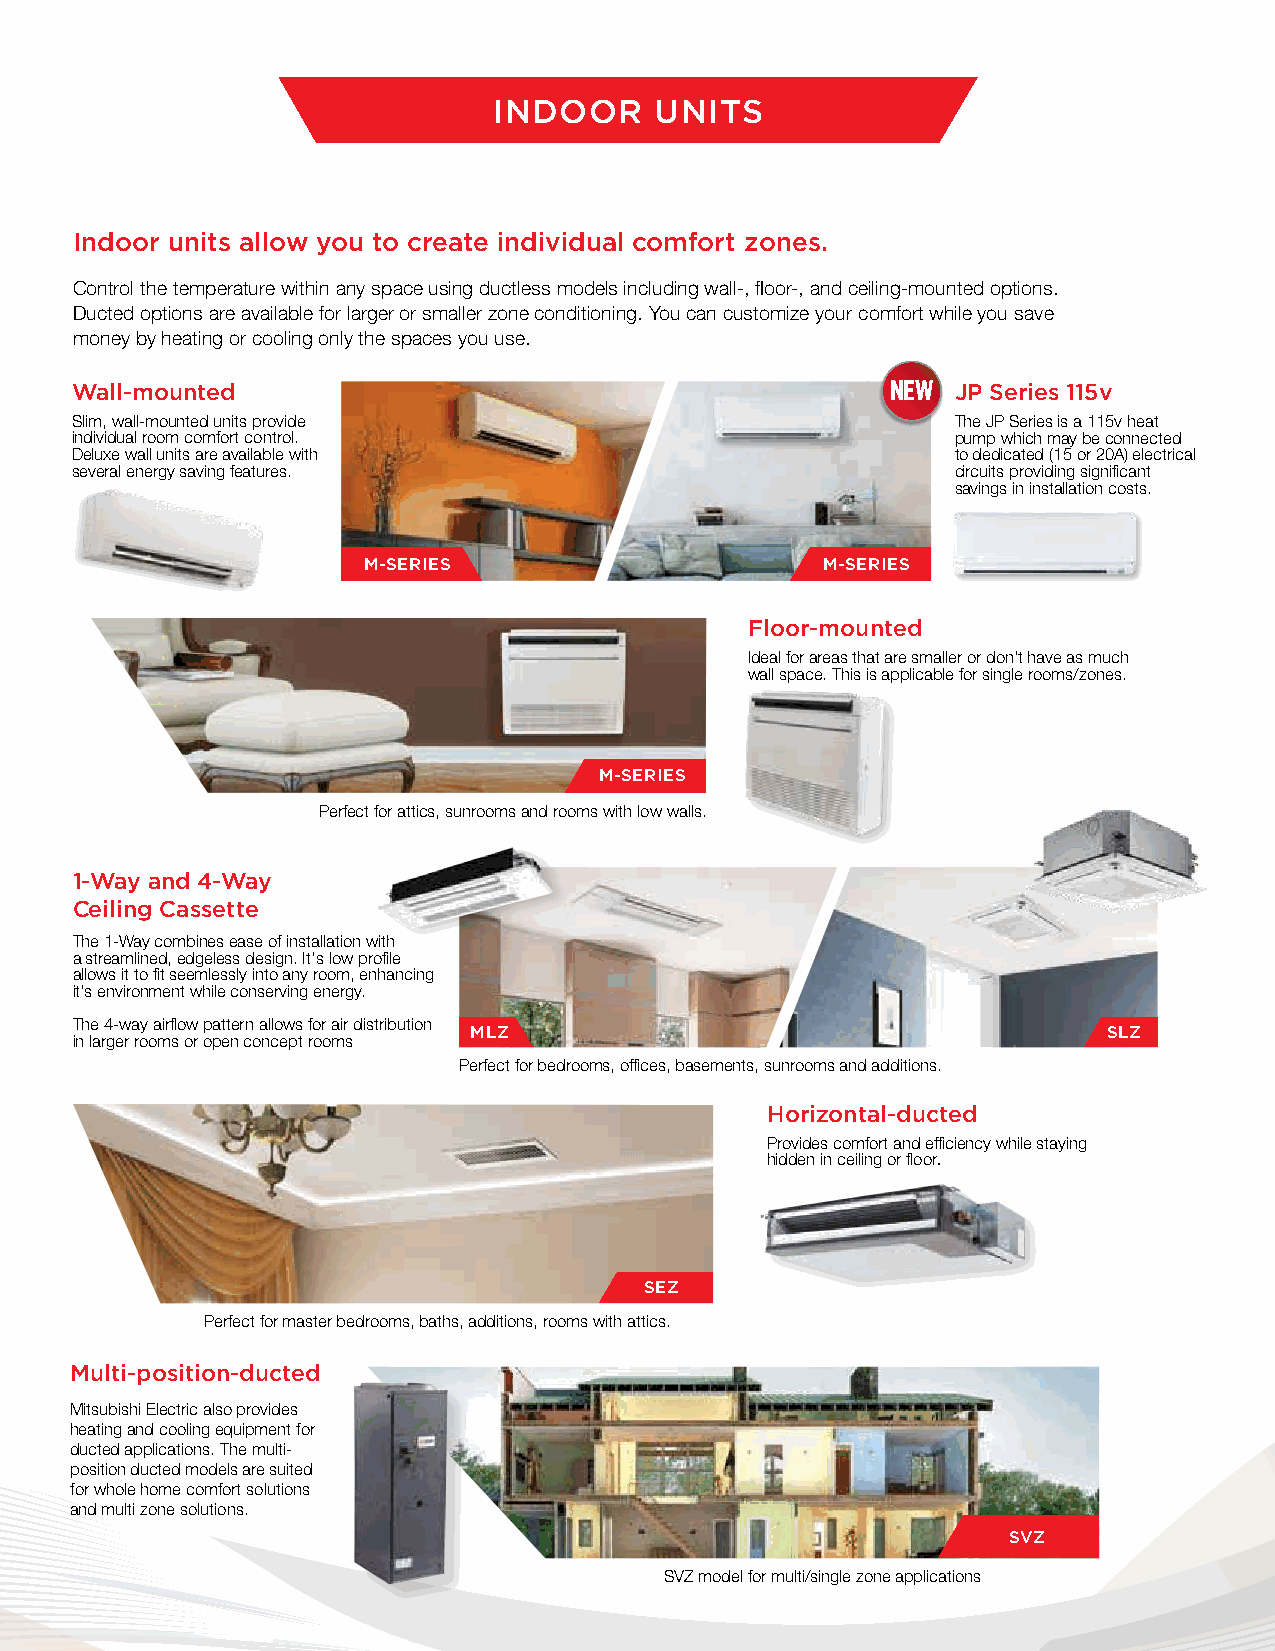
INDOOR    UNITS
 Indoor units allow you to create individual comfort zones.
 Control the temperature within any space using ductless models including wall-, floor-, and ceiling-mounted options.
 Ducted options are available for larger or smaller zone conditioning. You can customize your comfort while you save
 money by heating or cooling only the spaces you use.
 Wall-mounted                                          NEW JP Series 115v
 Slim, wall-mounted units provide                          The JP Series is a 115v heat
 individual room comfort control.                          pump which may be connected
 Deluxe wall units are available with                      to dedicated (15 or 20A) electrical
 several energy saving features.                           circuits providing significant
 savings in installation costs.
 M-SERIES                      M-SERIES
 Floor-mounted
 Ideal for areas that are smaller or don’t have as much
 wall space. This is applicable for single rooms/zones.
 M-SERIES
 Perfect for attics, sunrooms and rooms with low walls.
 1-Way and 4-Way
 Ceiling Cassette
 The 1-Way combines ease of installation with
 a streamlined, edgeless design. It's low profile
 allows it to fit seemlessly into any room, enhancing
 it's environment while conserving energy.
 The 4-way airflow pattern allows for air distribution
 MLZ                                       SLZ
 in larger rooms or open concept rooms
 Perfect for bedrooms, offices, basements, sunrooms and additions.
 Horizontal-ducted
 Provides comfort and efficiency while staying
 hidden in ceiling or floor.
 SEZ
 Perfect for master bedrooms, baths, additions, rooms with attics.
 Multi-position-ducted
 Mitsubishi Electric also provides
 heating and cooling equipment for
 ducted applications. The multi-
 position ducted models are suited
 for whole home comfort solutions
 and multi zone solutions.
 SVZ
 SVZ model for multi/single zone applications